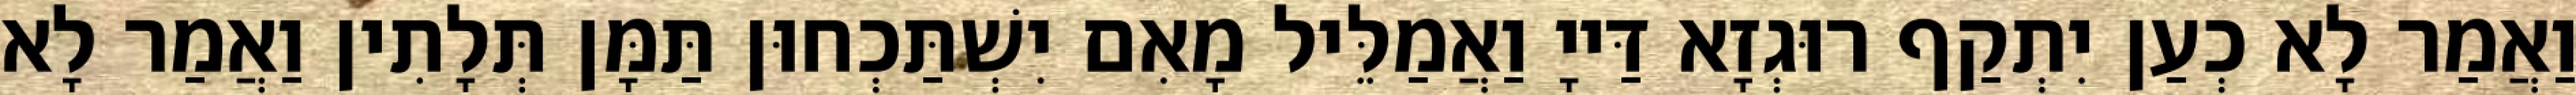
וַאֲמַר לָא כְעַן יִתְקַף רוּגְזָא דַּייָ וַאֲמַלֵּיל מָאִם יִשְׁתַּכְחוּן תַּמָּן תְּלָתִין וַאֲמַר לָא